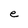
Character: e